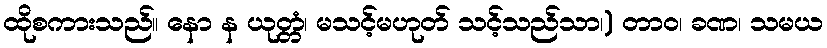
ထိုစကားသည်။ နော န ယုတ္တံ၊ မသင့်မဟုတ် သင့်သည်သာ၊) တာဝ၊ ခဏ၊ သမယ